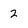
Character: 2